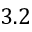
3 . 2